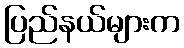
ပြည်နယ်များက